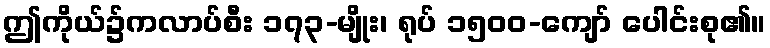
ဤကိုယ်၌ကလာပ်စီး ၁၇၃-မျိုး၊ ရုပ် ၁၅၀၀-ကျော် ပေါင်းစု၏။